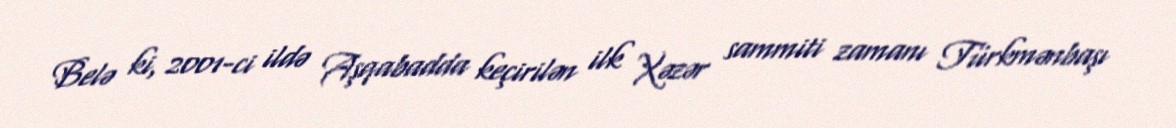
Belə ki, 2001-ci ildə Aşqabadda keçirilən ilk Xəzər sammiti zamanı Türkmənbaşı